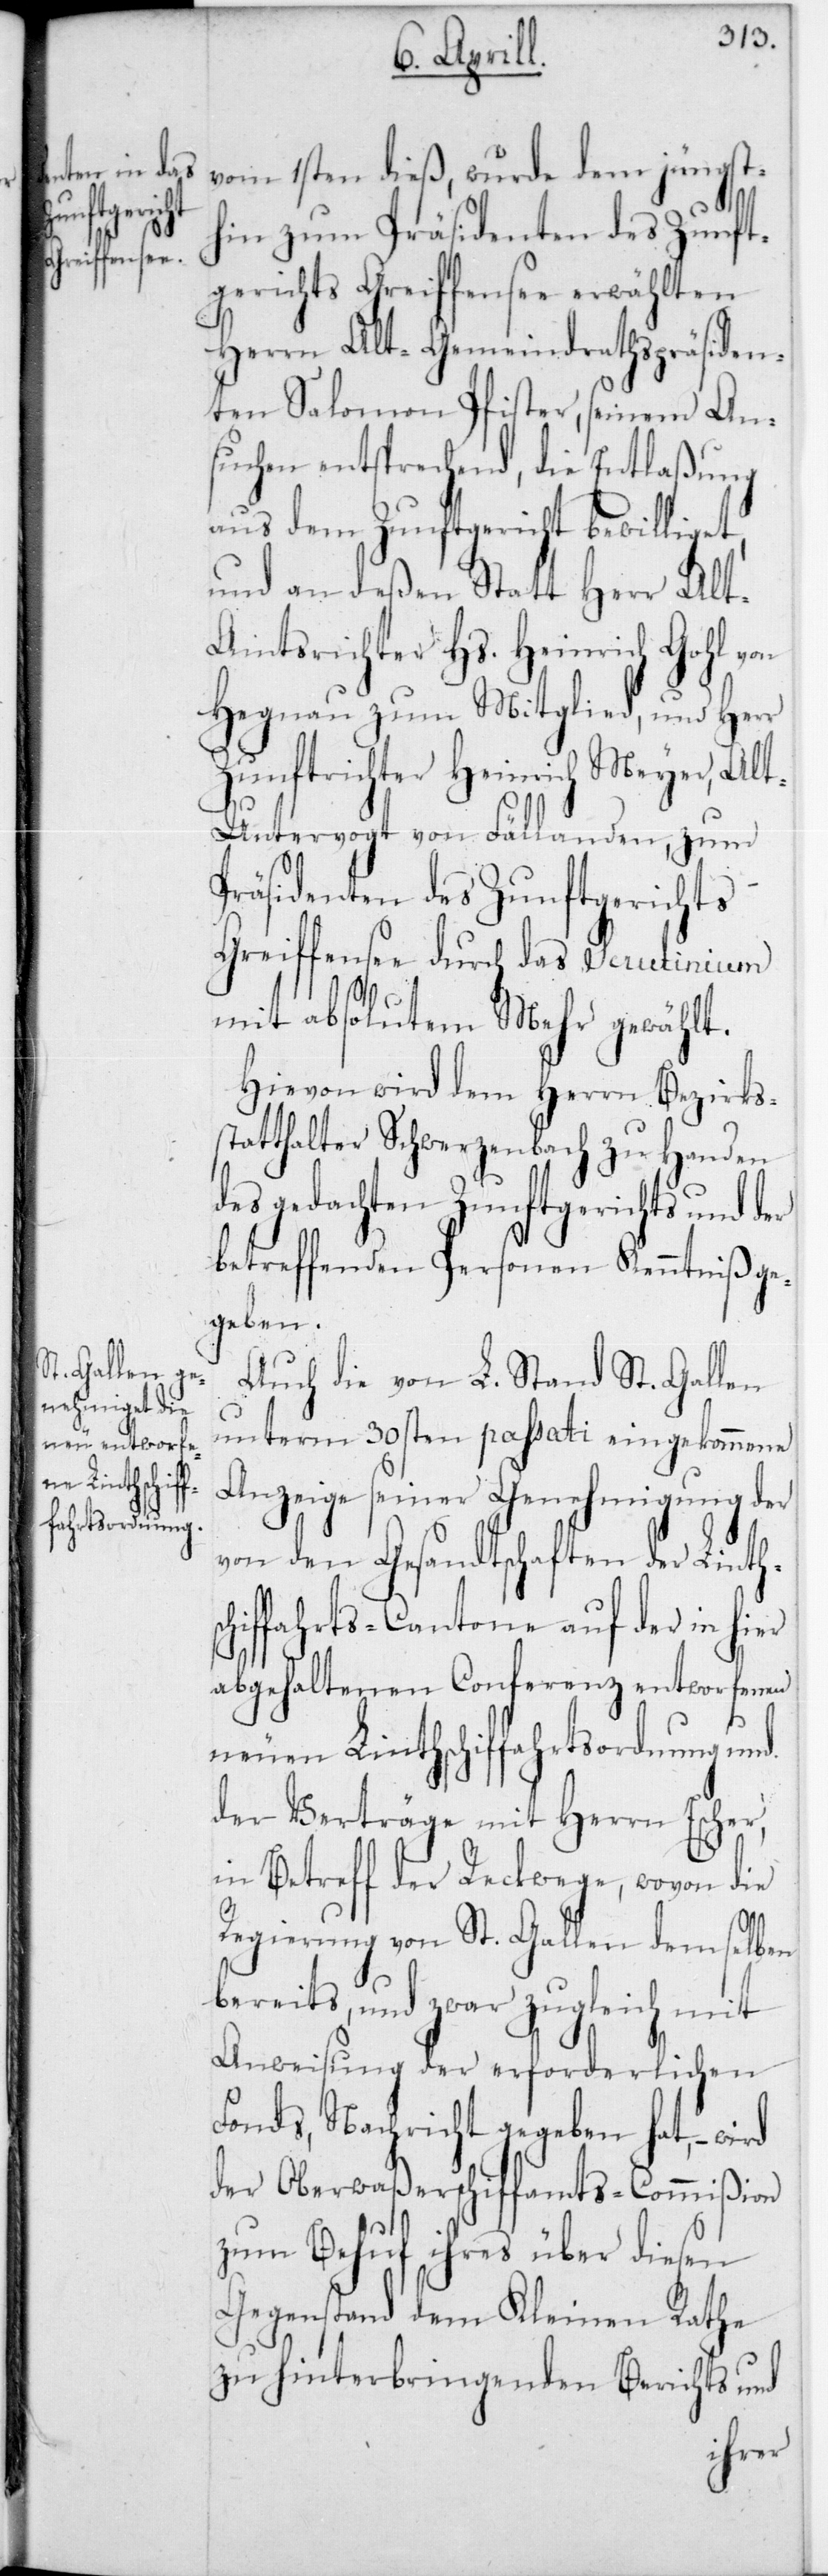
St. Gallen u¬

vom 1sten dieß, wurde dem jüngst¬
hin zum Präsidenten des Zunft¬
gerichts Greiffensee erwählten
Herrn Alt-Gemeindrathspräsiden¬
ten Salomon Pfister, seinem An¬
suchen entsprechend, die Entlaßung
aus dem Zunftgericht bewilliget,
und an deßen Statt Herr Alt-A¬
mtsrichter Hs. Heinrich Gohl von
Hegnau zum Mitglied, und Herr
Zunftrichter Heinrich Meyer,Al¬
t-Untervogt von Fällanden, zum
Präsidenten des Zunftgerichts
Greiffensee durch das Scrutinium
mit absolutem Mehr gewählt.
Hievon wird dem Herrn Bezirks¬
statthalter Schwerzenbach zu Handen
des gedachten Zunftgerichts und der
betreffenden Personen Kenntniß ge¬
geben.
nterm 30sten passati eingekommene
Anzeige seiner Genehmigung der
von den Gesandtschaften der Linth¬
hiffahrts-Cantone auf der in hier
abgehaltenen Conferenz entworfenen
neuen Linthschiffahrtsordnung und
der Verträge mit Herrn Escher,
in Betreff der Reckwege, wovon die
Regierung von St. Gallen demselben
bereits, und zwar zugleich mit
Anweisung der erforderlichen
Fonds, Nachricht gegeben hat, – wird
der Oberwaßerschiffamts-Commißion
zum Behuf ihres über diesen
Gegenstand dem Kleinen Rathe
zu hinterbringenden Berichts und
sc¬